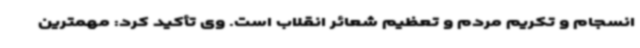
انسجام و تکریم مردم و تعظیم شعائر انقلاب است. وی تأکید کرد: مهمترین